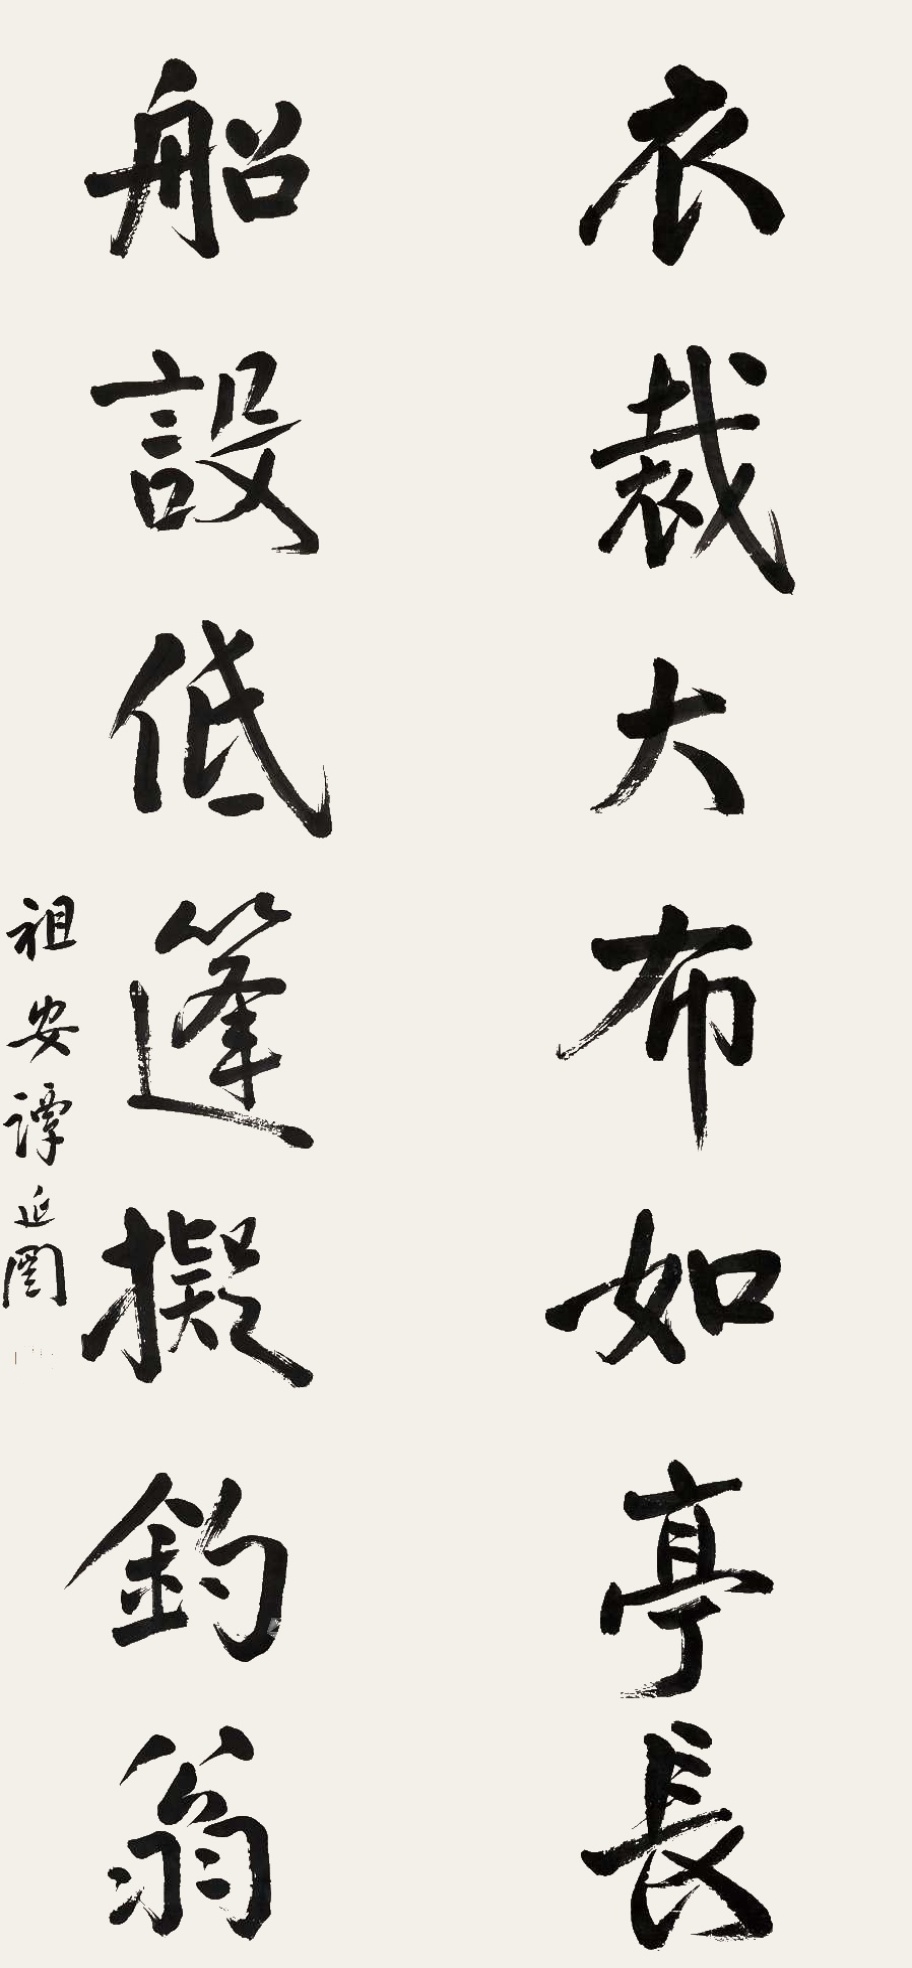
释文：衣裁大布如亭长，船设低蓬拟钓翁。祖安谭延闿